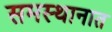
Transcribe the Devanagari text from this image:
समस्थानात